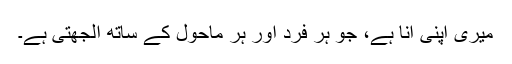
میری اپنی انا ہے، جو ہر فرد اور ہر ماحول کے ساتھ الجھتی ہے۔